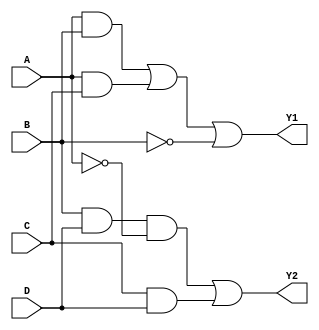
module combinational_logic_block (
    input wire A,
    input wire B,
    input wire C,
    input wire D,
    output wire Y1,
    output wire Y2
);

// Intermediate signals for multi-level simplification
wire AB;        // A AND B
wire AC;        // A AND C
wire BD;        // B AND D
wire CD;        // C AND D
wire notA;      // NOT A
wire notB;      // NOT B

// Level 1: Basic logic gates
assign AB = A & B;          // AND gate
assign AC = A & C;          // AND gate
assign BD = B & D;          // AND gate
assign CD = C & D;          // AND gate
assign notA = ~A;           // NOT gate
assign notB = ~B;           // NOT gate

// Level 2: Simplified logic expressions
assign Y1 = AB | AC | notB; // Example simplified expression for Y1
assign Y2 = BD & notA | CD;  // Example simplified expression for Y2

endmodule